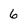
Character: 6